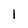
Character: l